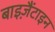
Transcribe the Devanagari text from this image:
बाइज़ैंटाइन